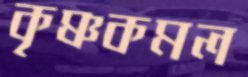
কৃষ্ণকমল